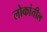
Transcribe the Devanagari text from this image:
लोकांतील